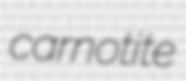
carnotite